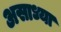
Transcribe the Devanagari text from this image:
असाध्या